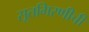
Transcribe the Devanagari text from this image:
सूतगिरणीची